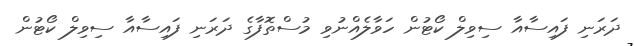
ދަރަނި ފައިސާއާ ސިވިލް ކޯޓުން ހަވާލެއްނުވި މުސްތޮފާގެ ދަރަނި ފައިސާއާ ސިވިލް ކޯޓުން